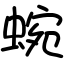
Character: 蜿